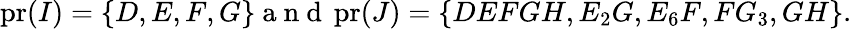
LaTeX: \begin{array}{r}{\operatorname{pr}(I)=\{ D,E,F,G\} \mathrm{~a~n~d~}\operatorname{pr}(J)=\{ DEFGH,E_{2}G,E_{6}F,FG_{3},GH\} .}\end{array}